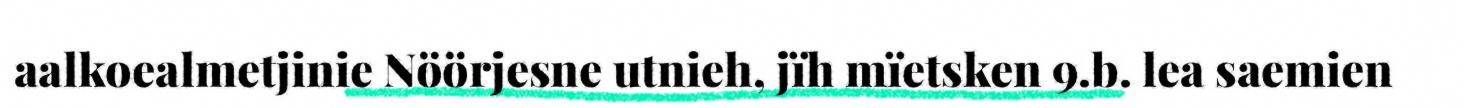
aalkoealmetjinie Nöörjesne utnieh, jïh mïetsken 9.b. lea saemien